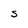
Character: S